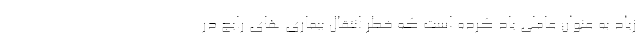
زیاد به عنوان عاملی یاد کرده است که خطر انتقال بیماری های رایج در